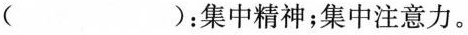
( )：集中精神；集中注意力。